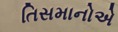
તિસમાનોએ